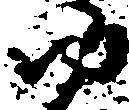
ゆ